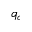
q _ { c }